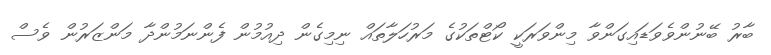
ބާރު ބޭނުންވެވަޑައިގަންވާ މިންވަރަކީ ކޯޓްތަކުގެ މަރުހަލާތައް ނިމިގެން ދިއުމުން ފެންނަމުންދާ މަންޒަރުން ވެސް